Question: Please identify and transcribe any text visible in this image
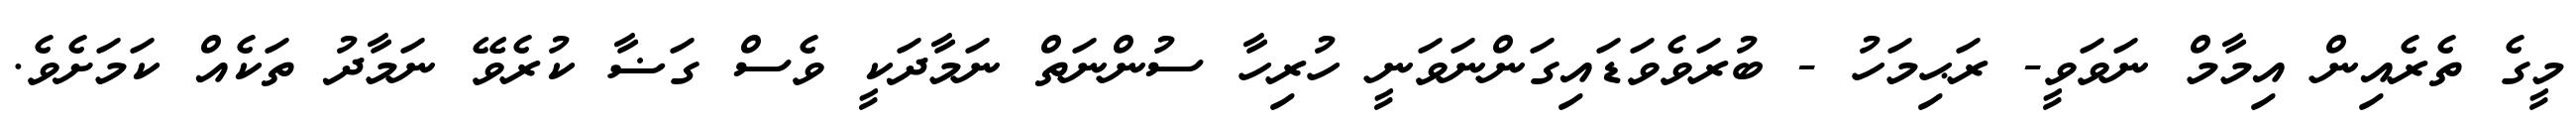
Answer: މީގެ ތެރެއިން އިމާމް ނަވަވީ- ރަޙިމަހު - ބުރަވެވަޑައިގަންނަވަނީ ހުރިހާ ސުންނަތް ނަމާދަކީ ވެސް ގަޟާ ކުރެވޭ ނަމާދު ތަކެއް ކަމަށެވެ.